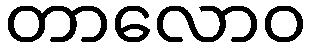
တာလောဝ